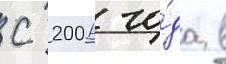
С 2006 го́да в